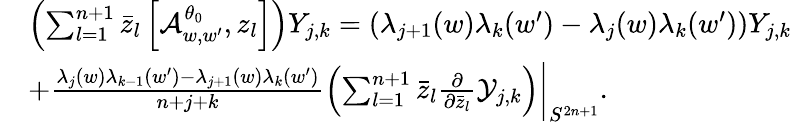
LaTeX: \begin{array}{rl}&{\left(\sum_{l=1}^{n+1}\bar{z}_{l}\left[\mathcal{A}_{w,w^{\prime}}^{\theta_{0}},z_{l}\right]\right)Y_{j,k}=\left(\lambda_{j+1}(w)\lambda_{k}(w^{\prime})-\lambda_{j}(w)\lambda_{k}(w^{\prime})\right)Y_{j,k}}\\ &{+\frac{\lambda_{j}(w)\lambda_{k-1}(w^{\prime})-\lambda_{j+1}(w)\lambda_{k}(w^{\prime})}{n+j+k}\left(\sum_{l=1}^{n+1}\bar{z}_{l}\frac{\partial}{\partial\bar{z}_{l}}\mathcal{Y}_{j,k}\right)\bigg|_{S^{2n+1}}.}\end{array}